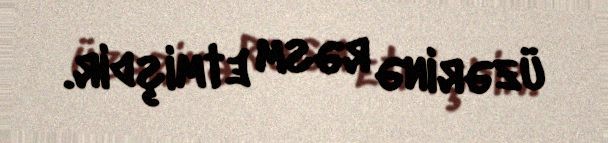
üzərinə rəsm etmişdir.